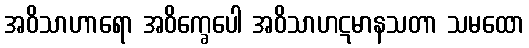
အဝိသာဟာရော အဝိက္ခေပေါ အဝိသာဟဋမာနသတာ သမထော